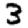
Digit: 3